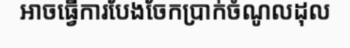
អាចធ្វើការបែងចែកប្រាក់ចំណូលដុល